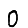
Digit: 0